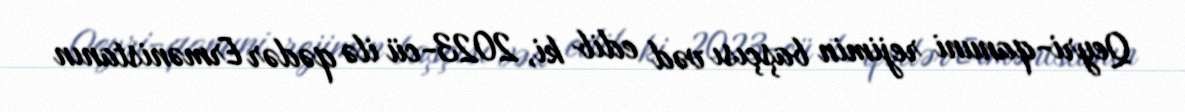
Qeyri-qanuni rejimin başçısı vəd edib ki, 2023-cü ilə qədər Ermənistanın